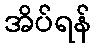
အိပ်ရန်